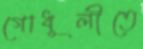
গোধূলীতে